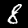
Digit: 8